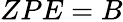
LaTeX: ZPE=B